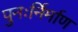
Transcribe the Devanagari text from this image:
पुनःर्निर्माण